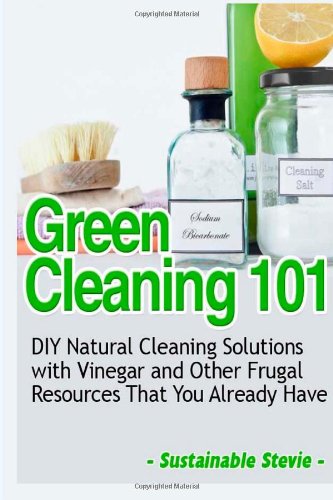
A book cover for Green Cleaning 101: DIY Natural Cleaning Solutions with Vinegar and Other Frugal Resources That You Already Have; Sustainable Stevie; Crafts, Hobbies & Home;